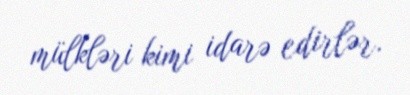
mülkləri kimi idarə edirlər.